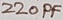
Text: 220PF